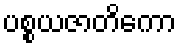
ပစ္စယဇာတိကော